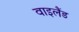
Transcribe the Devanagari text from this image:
वाइलैंड